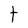
Character: t